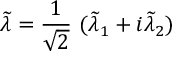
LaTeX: \widetilde { \lambda } = \frac { 1 } { \sqrt { 2 } } \ ( \widetilde { \lambda } _ { 1 } + i \widetilde { \lambda } _ { 2 } )